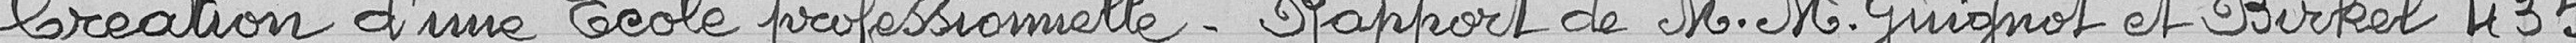
Création d'une Ecole Professionnelle - Rapport de M. Guignot et M. Birkel  435